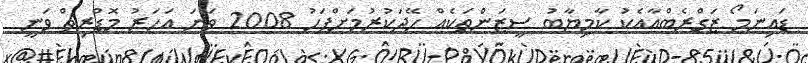
ޑައިނަމޯ ޒަގްރެބްއާއެކު ކާމިޔާބު ސީޒަންތަކެއް ހޭދަކުރުމަށްފަހު 2008 ވަނަ އަހަރު މޮޑްރިޗް ވަނީ